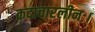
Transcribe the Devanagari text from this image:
कदाचारलीनः।